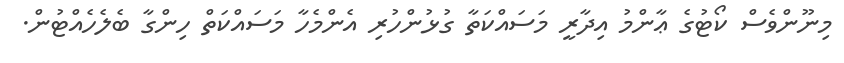
މިނޫންވެސް ކޯޓުގެ ޢާންމު އިދާރީ މަސައްކަތާ ގުޅުންހުރި އެންމެހާ މަސައްކަތް ހިންގާ ބެލެހެއްޓުން.